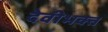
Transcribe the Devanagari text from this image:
देवीभक्त